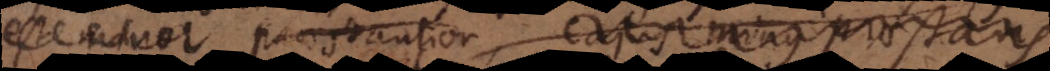
est minor praestantior, Cajus minus praestans